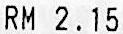
RM 2.15